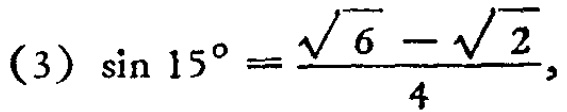
\((3)\ \sin 15^{\circ}=\frac{\sqrt{6}-\sqrt{2}}{4}\)